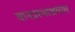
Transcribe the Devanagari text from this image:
वानप्रस्थाश्रमास